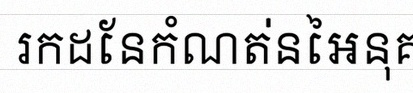
រកដែនកំណត់នៃអនុគមន៍